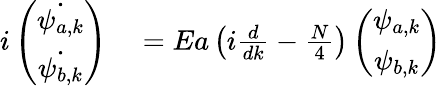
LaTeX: \begin{array}{rl}{i\left(\begin{array}{c}{\dot{\psi_{a,k}}}\\ {\dot{\psi_{b,k}}}\end{array}\right)}&{{}=Ea\left(i\frac{d}{dk}-\frac{N}{4}\right)\left(\begin{array}{c}{\psi_{a,k}}\\ {\psi_{b,k}}\end{array}\right)}\end{array}